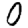
Digit: 0